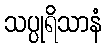
သပ္ပုရိသာနံ